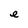
Character: e